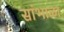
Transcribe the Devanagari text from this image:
सांभाळा